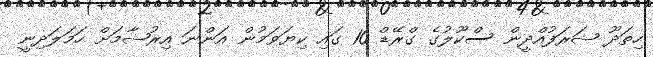
ހިތަދޫ ޝަރަފުއްދީން ސްކޫލުގެ ގްރޭޑް 10 ގައި ކިޔަވަމުން އަންނަ އިރުޝާމަށް ހަމަލަދިނީ